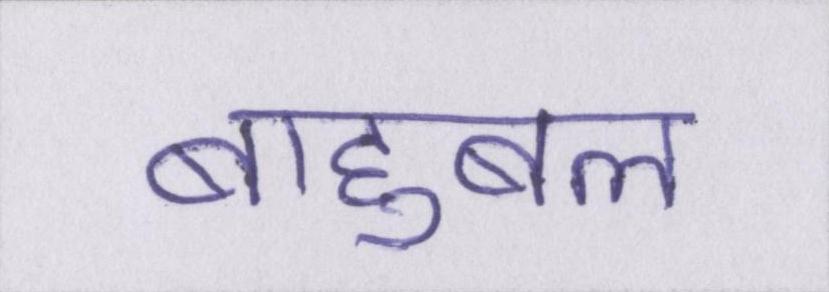
बाहुबल